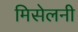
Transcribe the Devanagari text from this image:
मिसेलनी